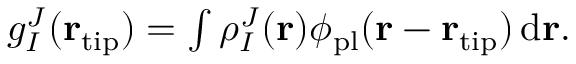
\begin{array} { r } { g _ { I } ^ { J } ( { \bf r } _ { \mathrm { t i p } } ) = \int \rho _ { I } ^ { J } ( { \bf r } ) \phi _ { \mathrm { p l } } ( { \bf r } - { \bf r } _ { \mathrm { t i p } } ) \, \mathrm { d } { \bf r } . } \end{array}